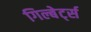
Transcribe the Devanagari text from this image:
गिल्बेर्ट्स